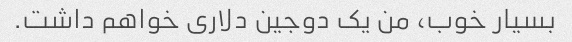
بسیار خوب، من یک دوجین دلاری خواهم داشت.